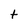
Character: t